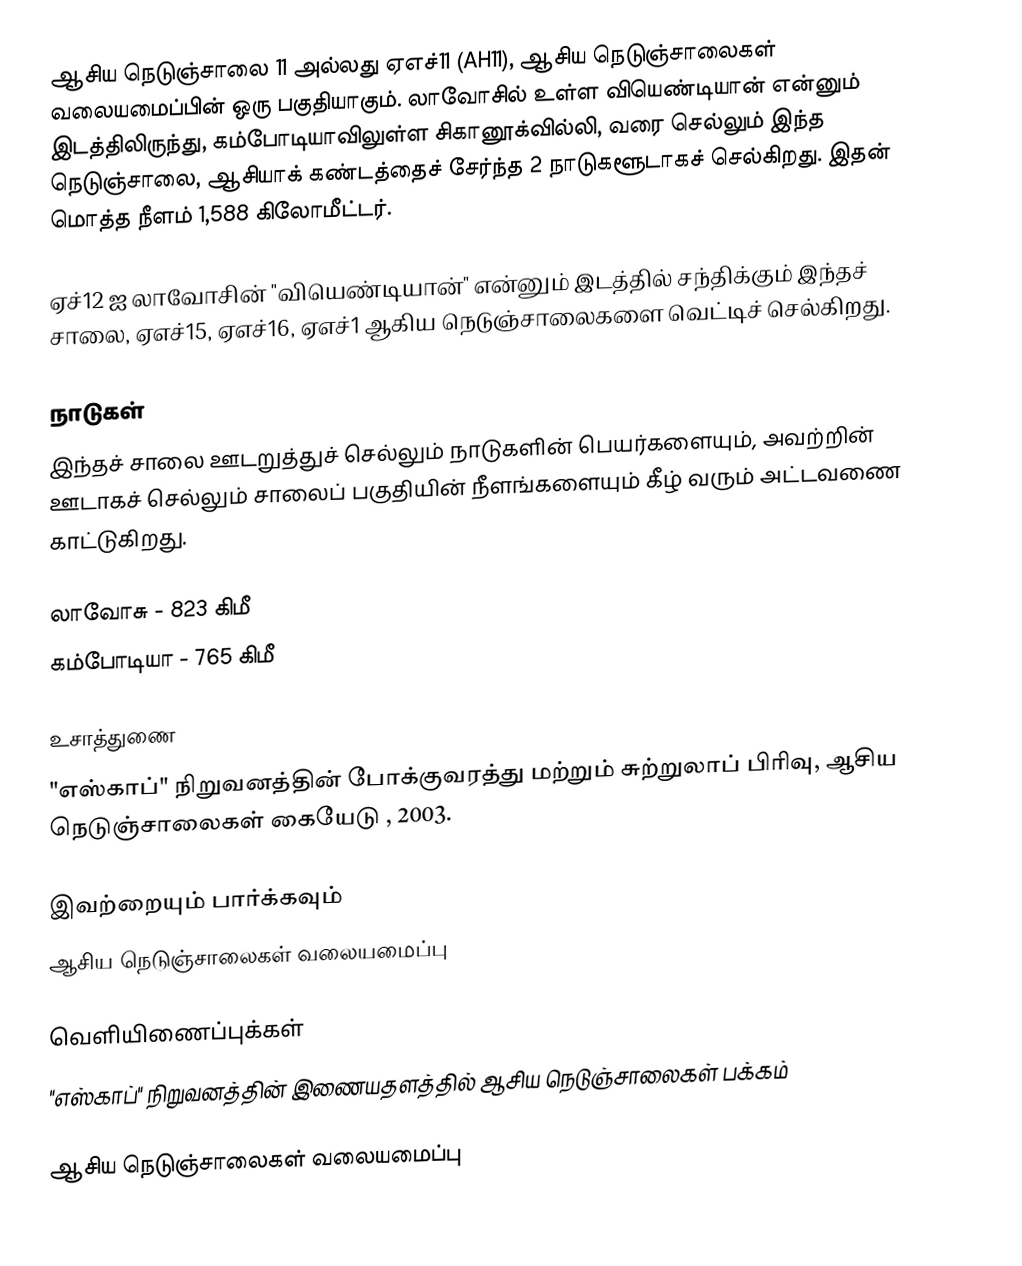
ஆசிய நெடுஞ்சாலை 11 அல்லது ஏஎச்11 (AH11), ஆசிய நெடுஞ்சாலைகள் வலையமைப்பின் ஒரு பகுதியாகும். லாவோசில் உள்ள வியெண்டியான் என்னும் இடத்திலிருந்து, கம்போடியாவிலுள்ள சிகானூக்வில்லி, வரை செல்லும் இந்த நெடுஞ்சாலை, ஆசியாக் கண்டத்தைச் சேர்ந்த 2 நாடுகளூடாகச் செல்கிறது. இதன் மொத்த நீளம் 1,588 கிலோமீட்டர்.

ஏச்12 ஐ லாவோசின் "வியெண்டியான்" என்னும் இடத்தில் சந்திக்கும் இந்தச் சாலை, ஏஎச்15, ஏஎச்16,  ஏஎச்1 ஆகிய நெடுஞ்சாலைகளை வெட்டிச் செல்கிறது.

நாடுகள்
இந்தச் சாலை ஊடறுத்துச் செல்லும் நாடுகளின் பெயர்களையும், அவற்றின் ஊடாகச் செல்லும் சாலைப் பகுதியின் நீளங்களையும் கீழ் வரும் அட்டவணை காட்டுகிறது.

 லாவோசு - 823 கிமீ
 கம்போடியா - 765 கிமீ

உசாத்துணை
 "எஸ்காப்" நிறுவனத்தின் போக்குவரத்து மற்றும் சுற்றுலாப் பிரிவு, ஆசிய நெடுஞ்சாலைகள் கையேடு , 2003.

இவற்றையும் பார்க்கவும்
 ஆசிய நெடுஞ்சாலைகள் வலையமைப்பு

வெளியிணைப்புக்கள்
 "எஸ்காப்" நிறுவனத்தின் இணையதளத்தில் ஆசிய நெடுஞ்சாலைகள் பக்கம்

 ஆசிய நெடுஞ்சாலைகள் வலையமைப்பு